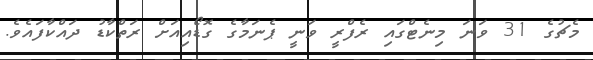
މެޗުގެ 31 ވަނަ މިނެޓްގައި ރެފްރީ ވަނީ ޕެނަމާގެ ގޮޑޯއިއަށް ރަތްކާޑު ދައްކާފައެވެ.